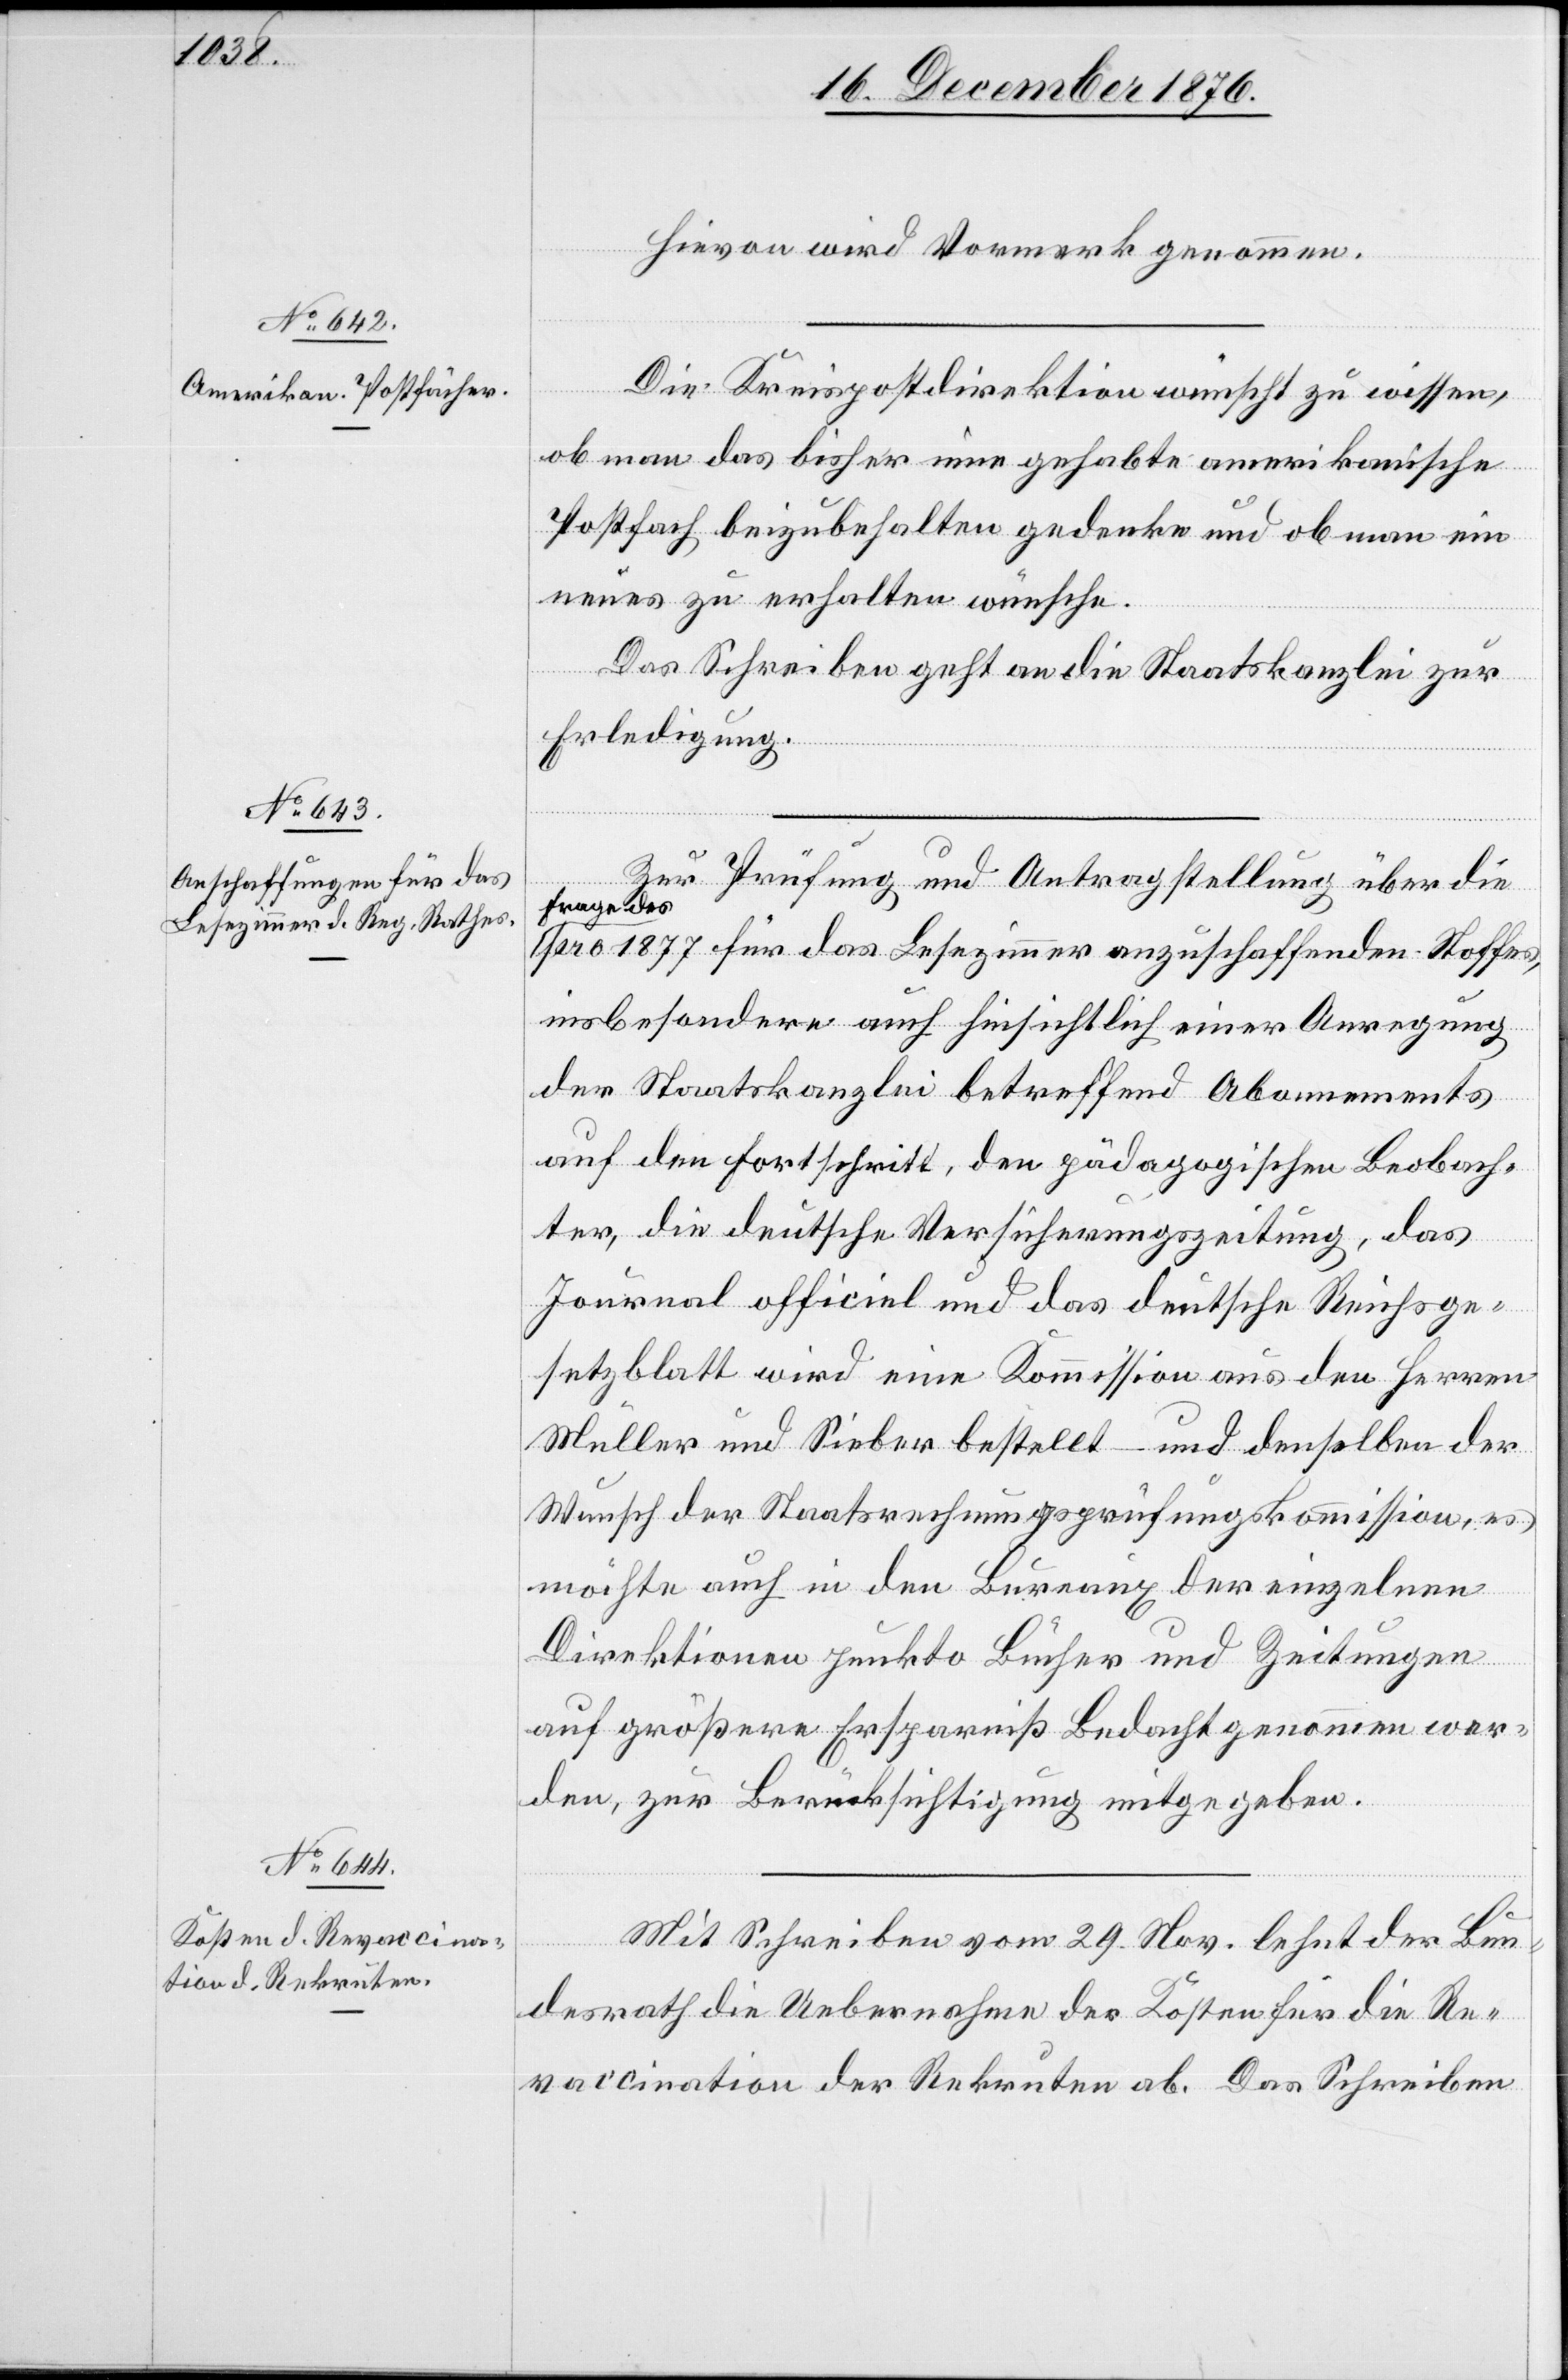
Hievon wird Vormerk genommen.
Die Kreisdirektion wünscht zu wissen,
ob man das bisher inne gehabte amerikanische
Postfach beizubehalten gedenke und ob man ein
neues zu erhalten wünsche.
Das Schreiben geht an die Staatskanzlei zur
Erledigung.
Zur Prüfung und Antragstellung über die
Frage des
pro 1877 für das Lesezimmer anzuschaffenden Stoffes,
insbesondere auch hinsichtlich einer Anregung
der Staatskanzlei betreffend Abonnements
auf den Fortschritt, den pädagogische Beobach¬
ter, die deutsche Versicherungszeitung, das
Journal officiel und das deutsche Reichsge¬
setzblatt wird eine Kommission aus den Herren
Müller und Sieber bestellt – und denselben der
Wunsch der Staatsrechnungsprüfungskommission, es
möchte auch in den Bureaux der einzelnen
Direktionen punkto Bücher und Zeitungen
auf größere Ersparniß Bedacht genommen wer¬
den, zur Berücksichtigung mitgeben.
Mit Schreiben vom 29. Nov. lehnt der Bun¬
desrath die Uebernahme der Kosten für die Re¬
vaccination der Rekruten ab. Das Schreiben